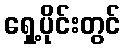
ရှေ့ပိုင်းတွင်